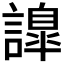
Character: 𧬁